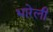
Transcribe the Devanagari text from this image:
भारेली